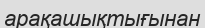
арақашықтығынан